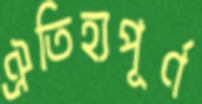
ঐতিহ্যপূর্ণ